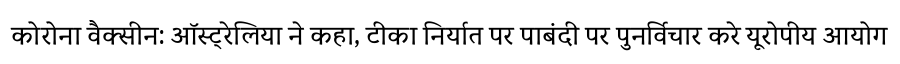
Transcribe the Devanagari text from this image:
कोरोना वैक्सीन: ऑस्ट्रेलिया ने कहा, टीका निर्यात पर पाबंदी पर पुनर्विचार करे यूरोपीय आयोग